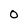
Character: O